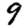
Digit: 9